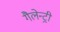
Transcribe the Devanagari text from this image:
गैलेन्ट्री